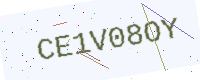
Text: CE1V08OY